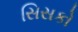
સિસકો